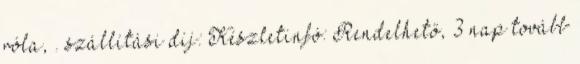
róla, . szállítási díj: Készletinfó: Rendelhető, 3 nap tovább